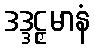
ဒဒ္ဒဠှမာနံ